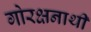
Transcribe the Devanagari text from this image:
गोरक्षनाथी